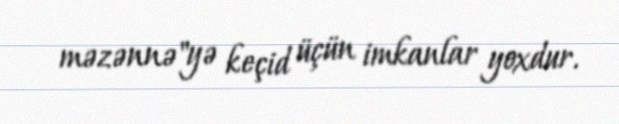
məzənnə"yə keçid üçün imkanlar yoxdur.